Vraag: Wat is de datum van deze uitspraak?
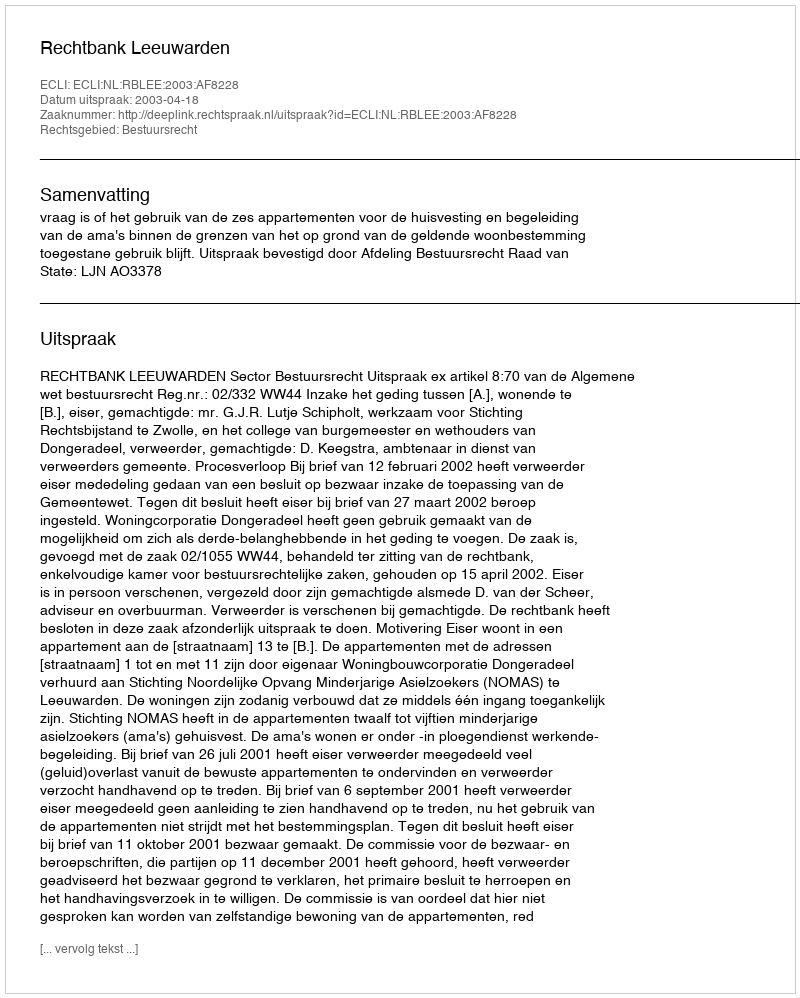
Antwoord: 2003-04-18